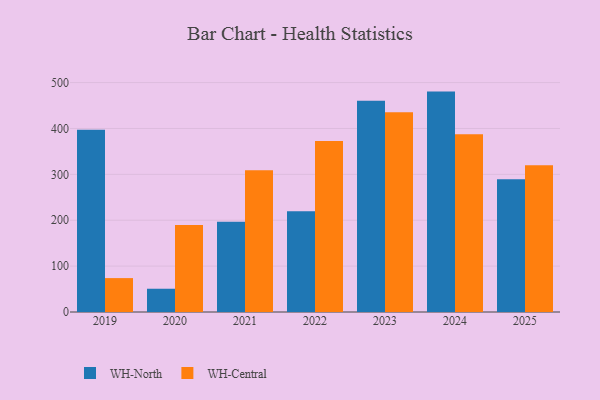
{"axis": {"x": "Year", "y": "Churn Rate (%)"}, "legend": ["WH-Central", "WH-North"], "data": [{"x": "2019", "y": 397.5, "type": "WH-North"}, {"x": "2019", "y": 73.9, "type": "WH-Central"}, {"x": "2023", "y": 460.3, "type": "WH-North"}, {"x": "2023", "y": 435.4, "type": "WH-Central"}, {"x": "2024", "y": 480.4, "type": "WH-North"}, {"x": "2024", "y": 387.7, "type": "WH-Central"}, {"x": "2022", "y": 219.8, "type": "WH-North"}, {"x": "2022", "y": 372.6, "type": "WH-Central"}, {"x": "2021", "y": 196.9, "type": "WH-North"}, {"x": "2021", "y": 309.1, "type": "WH-Central"}, {"x": "2020", "y": 50.7, "type": "WH-North"}, {"x": "2020", "y": 189.8, "type": "WH-Central"}, {"x": "2025", "y": 289.5, "type": "WH-North"}, {"x": "2025", "y": 319.7, "type": "WH-Central"}]}